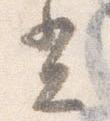
光